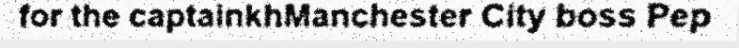
for the captainkhManchester City boss Pep